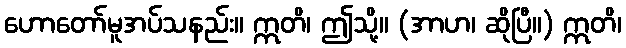
ဟောတော်မူအပ်သနည်း။ ဣတိ၊ ဤသို့။ (အာဟ၊ ဆိုပြီ။) ဣတိ၊